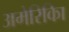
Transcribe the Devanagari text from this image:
अमेरिकिा